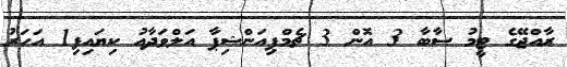
ރާއްޖޭގެ ޓީމު ސާބާ 3 އޮން 3 ޗެމްޕިއަންޝިޕާ އަލްވަދާއު ކިޔައިފި1 އަހަރު